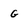
Character: G